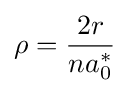
\rho ={2r \over {na_{0}^{*}}}